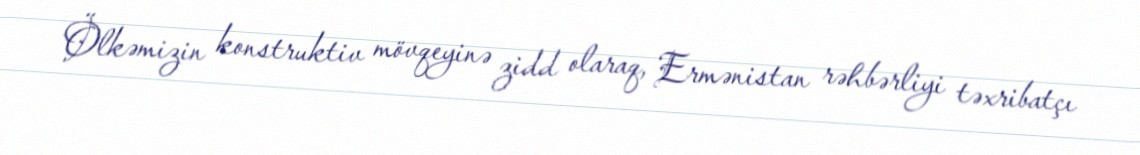
Ölkəmizin konstruktiv mövqeyinə zidd olaraq, Ermənistan rəhbərliyi təxribatçı